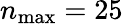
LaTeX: n_{\mathrm{max}}=25